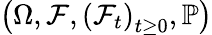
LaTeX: \left(\Omega,\mathcal{F},\left(\mathcal{F}_{t}\right)_{t\geq 0},\mathbb{P}\right)